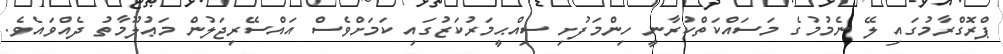
ޕްރޮގްރާމުގައި ލޭ ނެމުމުގެ މަސައްކަތްކުރާނީ ހިންމަފުށި ސިއްޙީމަރުކަޒުގައި ކަމަށްވެސް އައްސޭރިޖަލުން މަޢުލޫމާތު ދެއްވައެވެ.